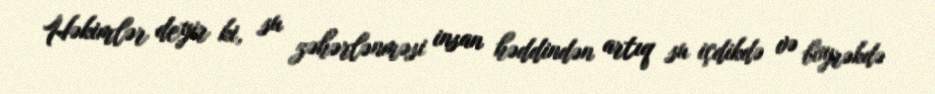
Həkimlər deyir ki, su zəhərlənməsi insan həddindən artıq su içdikdə və böyrəkdə